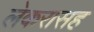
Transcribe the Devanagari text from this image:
लेकरासह